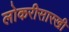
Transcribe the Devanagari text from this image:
लोकरीसारखी